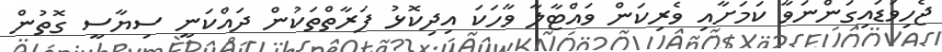
ޖެހިވަޑައިގަންނަވާ ކަމަށާއި ވެރިކަން ވައްޓާލާ ވާހަކަ އިދިކޮޅު ފަރާތްތަކުން ދައްކަނީ ސިޔާސީ ގޮތުން